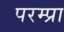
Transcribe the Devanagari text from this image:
परम्प्रा